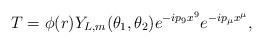
\begin{align*}T=\phi(r)Y_{L,m}(\theta_1,\theta_2)e^{-ip_9x^9}e^{-ip_\mu x^\mu},\end{align*}